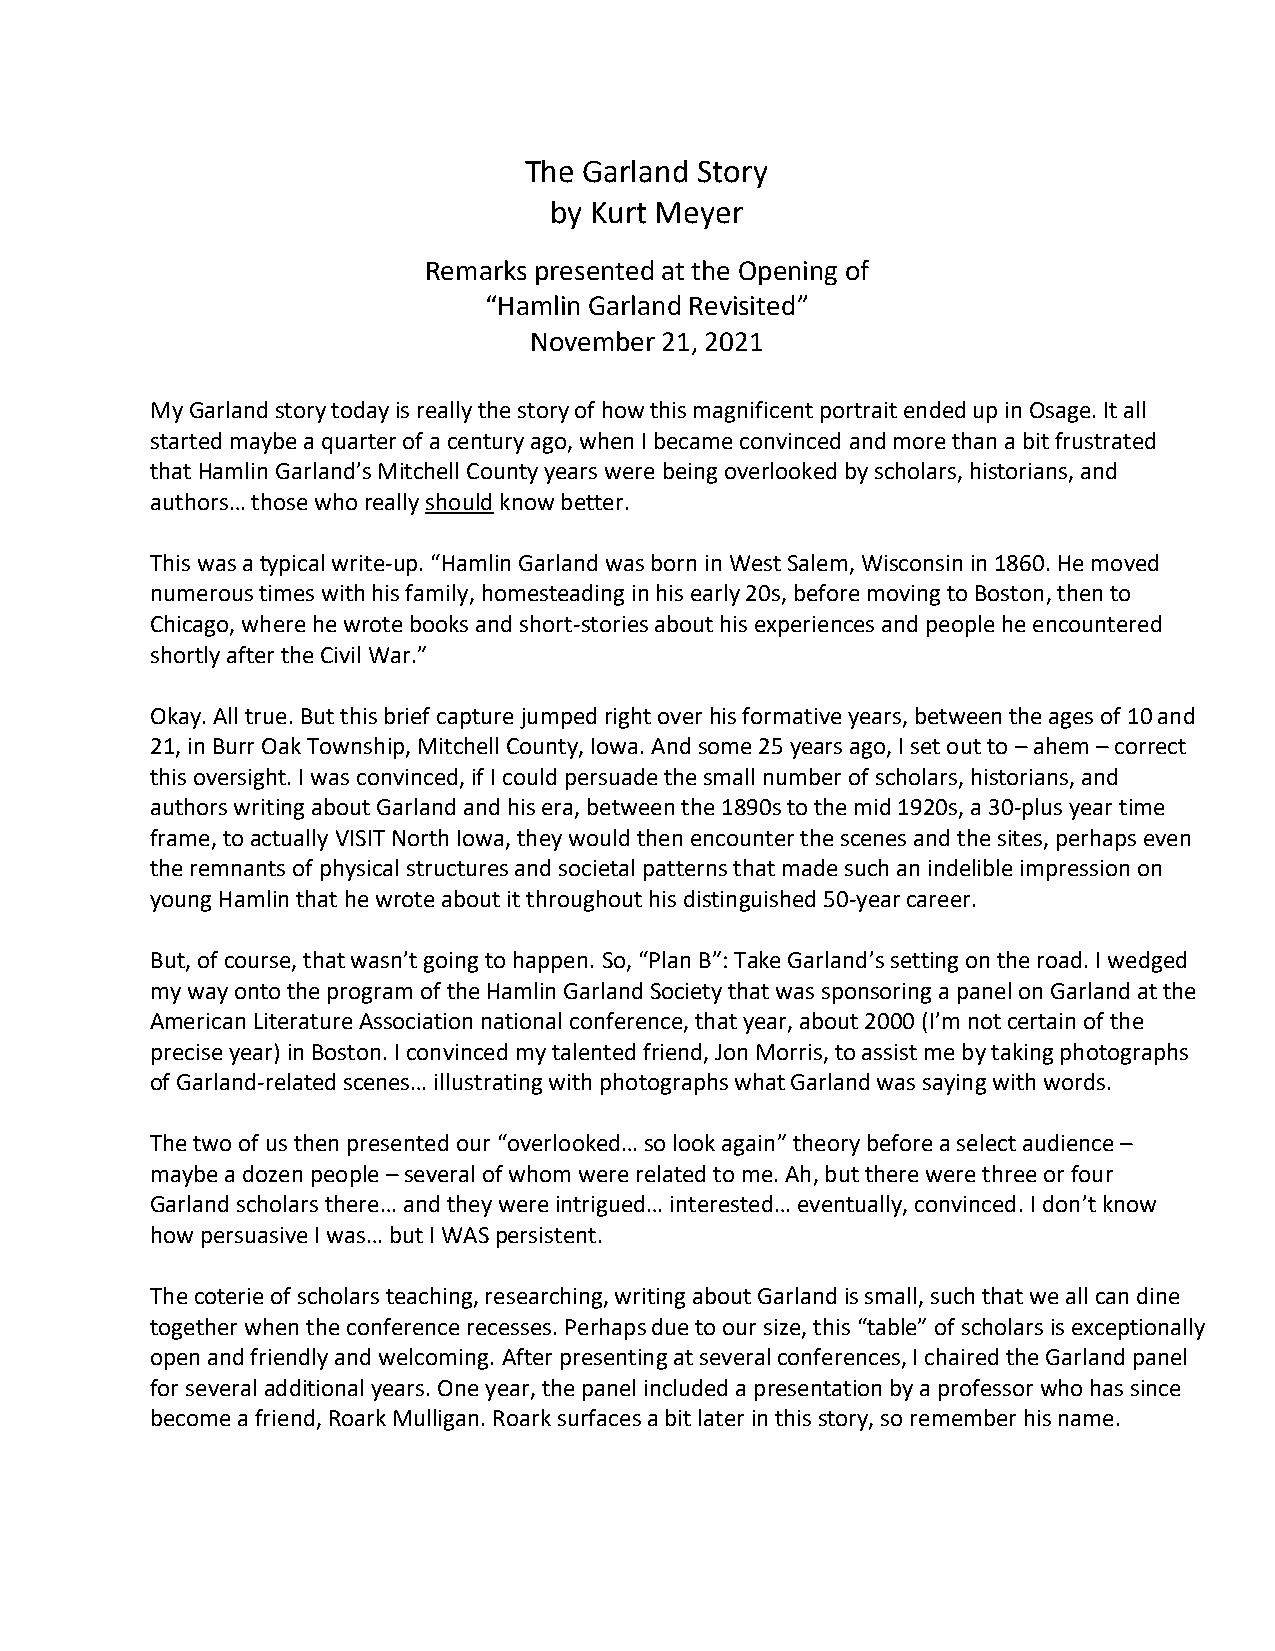
The Garland Story
 by Kurt Meyer
 Remarks presented at the Opening of
 “Hamlin Garland Revisited”
 November 21, 2021
 My Garland story today is really the story of how this magnificent portrait ended up in Osage. It all
 started maybe a quarter of a century ago, when I became convinced and more than a bit frustrated
 that Hamlin Garland’s Mitchell County years were being overlooked by scholars, historians, and
 authors… those who really should know better.
 This was a typical write-up. “Hamlin Garland was born in West Salem, Wisconsin in 1860. He moved
 numerous times with his family, homesteading in his early 20s, before moving to Boston, then to
 Chicago, where he wrote books and short-stories about his experiences and people he encountered
 shortly after the Civil War.”
 Okay. All true. But this brief capture jumped right over his formative years, between the ages of 10 and
 21, in Burr Oak Township, Mitchell County, Iowa. And some 25 years ago, I set out to – ahem – correct
 this oversight. I was convinced, if I could persuade the small number of scholars, historians, and
 authors writing about Garland and his era, between the 1890s to the mid 1920s, a 30-plus year time
 frame, to actually VISIT North Iowa, they would then encounter the scenes and the sites, perhaps even
 the remnants of physical structures and societal patterns that made such an indelible impression on
 young Hamlin that he wrote about it throughout his distinguished 50-year career.
 But, of course, that wasn’t going to happen. So, “Plan B”: Take Garland’s setting on the road. I wedged
 my way onto the program of the Hamlin Garland Society that was sponsoring a panel on Garland at the
 American Literature Association national conference, that year, about 2000 (I’m not certain of the
 precise year) in Boston. I convinced my talented friend, Jon Morris, to assist me by taking photographs
 of Garland-related scenes… illustrating with photographs what Garland was saying with words.
 The two of us then presented our “overlooked… so look again” theory before a select audience –
 maybe a dozen people – several of whom were related to me. Ah, but there were three or four
 Garland scholars there… and they were intrigued… interested… eventually, convinced. I don’t know
 how persuasive I was… but I WAS persistent.
 The coterie of scholars teaching, researching, writing about Garland is small, such that we all can dine
 together when the conference recesses. Perhaps due to our size, this “table” of scholars is exceptionally
 open and friendly and welcoming. After presenting at several conferences, I chaired the Garland panel
 for several additional years. One year, the panel included a presentation by a professor who has since
 become a friend, Roark Mulligan. Roark surfaces a bit later in this story, so remember his name.